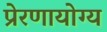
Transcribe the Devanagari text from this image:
प्रेरणायोग्य